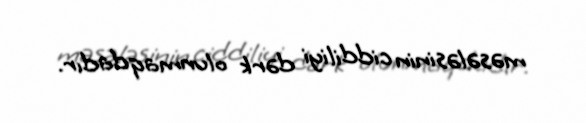
məsələsinin ciddiliyi dərk olunmaqdadır.